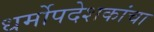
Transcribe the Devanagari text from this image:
धर्मोपदेशकांचा